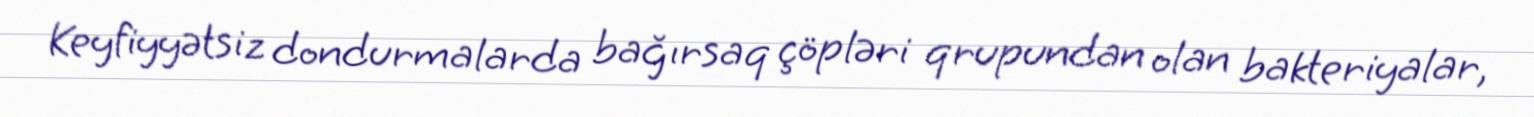
Keyfiyyətsiz dondurmalarda bağırsaq çöpləri qrupundan olan bakteriyalar,